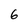
Character: 6